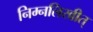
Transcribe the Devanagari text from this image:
निम्नलिखीत्